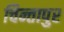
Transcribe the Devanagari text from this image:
चिन्तापुर